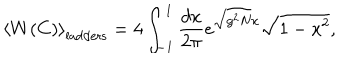
LaTeX: \left< W ( C ) \right> _ { \mathrm { l a d d e r s } } = 4 \int _ { - 1 } ^ { 1 } \frac { d x } { 2 \pi } e ^ { \sqrt { g ^ { 2 } N } x } \sqrt { 1 - x ^ { 2 } } ,